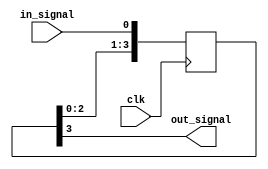
module four_flop_synchronizer(
    input wire in_signal,
    input wire clk,
    output reg out_signal
);

reg [3:0] ff;

always @(posedge clk) begin
    ff <= {ff[2:0], in_signal};
end

assign out_signal = ff[3];

endmodule